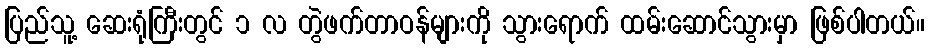
ပြည်သူ့ ဆေးရုံကြီးတွင် ၁ လ တွဲဖက်တာဝန်များကို သွားရောက် ထမ်းဆောင်သွားမှာ ဖြစ်ပါတယ်။